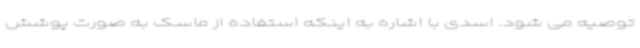
توصیه می شود. اسدی با اشاره به اینکه استفاده از ماسک به صورت پوشش